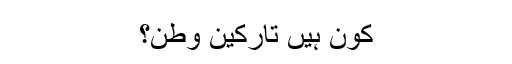
کون ہیں تارکین وطن؟